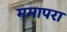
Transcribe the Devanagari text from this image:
ममापरा